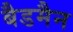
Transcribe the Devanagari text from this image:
बैडमैन